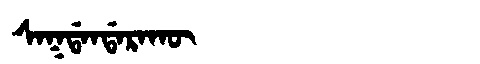
Manchu: ᠰᠠᡴᡩᠠᠨᡩᠠᡵᠠᡴᡡ
Romanization: SAKDANDARAKŪ